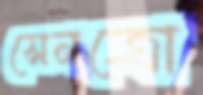
সেনত্রো